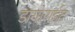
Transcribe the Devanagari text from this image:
डायोराईट